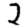
Digit: 2